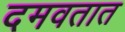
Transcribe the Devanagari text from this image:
दमवतात